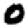
Digit: 0